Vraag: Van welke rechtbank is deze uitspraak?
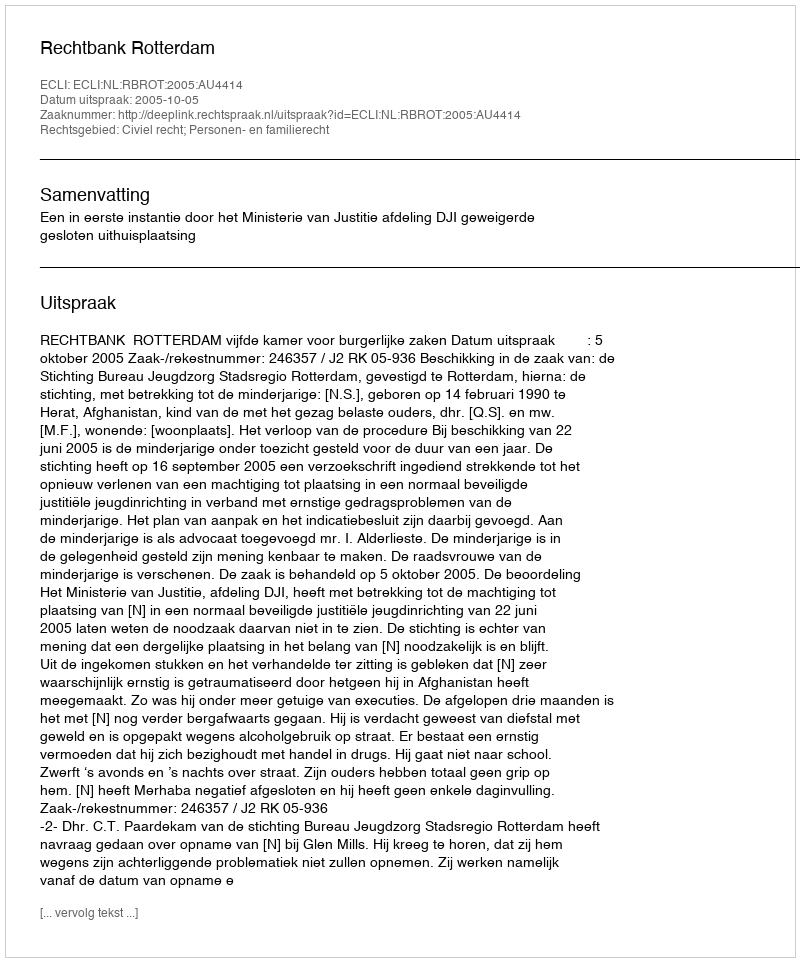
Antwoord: Rechtbank Rotterdam